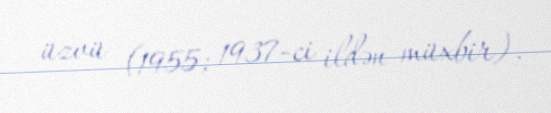
üzvü (1955; 1937-ci ildən müxbir).